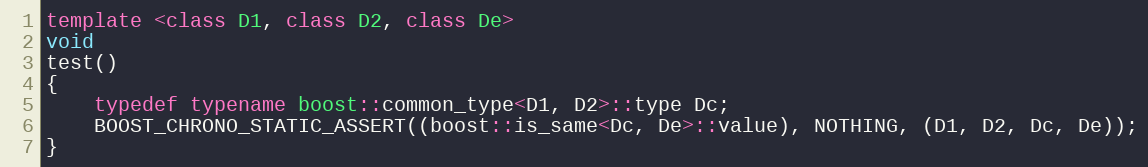
Language: C++
template <class D1, class D2, class De>
void
test()
{
    typedef typename boost::common_type<D1, D2>::type Dc;
    BOOST_CHRONO_STATIC_ASSERT((boost::is_same<Dc, De>::value), NOTHING, (D1, D2, Dc, De));
}